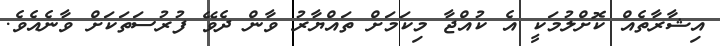
އިޝާރާތެއް ކޮށްލުމަކީ އެ ކުއްޖާ މިކަމަށް ތައްޔާރު ވާން ދެވޭ ފުރުސަތަކަށް ވާނެއެވެ.